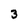
Character: 3